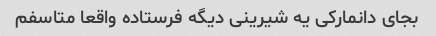
بجای دانمارکی یه شیرینی دیگه فرستاده واقعا متاسفم